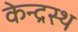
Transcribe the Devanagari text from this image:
केन्द्रस्थ